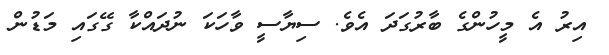
އިރު އެ މީހުންގެ ބާރުގަދަ އެވެ. ސިޔާސީ ވާހަކަ ނުދައްކާ ގޭގައި މަޑުން